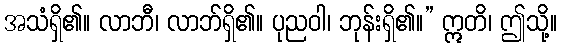
အသံရှိ၏။ လာဘီ၊ လာဘ်ရှိ၏။ ပုညဝါ၊ ဘုန်းရှိ၏။” ဣတိ၊ ဤသို့။